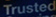
Trusted